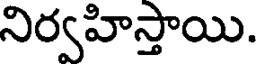
నిర్వహిస్తాయి.